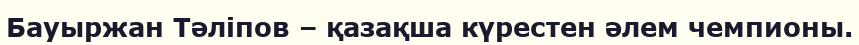
Бауыржан Тәліпов – қазақша күрестен әлем чемпионы.